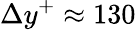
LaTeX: \Delta y^{+}\approx 130